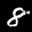
Label: 8